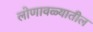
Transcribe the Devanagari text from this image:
लोणावळ्यातील